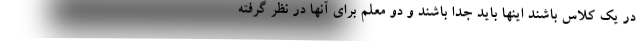
در یک کلاس باشند اینها باید جدا باشند و دو معلم برای آنها در نظر گرفته